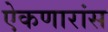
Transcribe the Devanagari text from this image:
ऐकणारांस